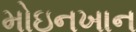
મોઇનખાન